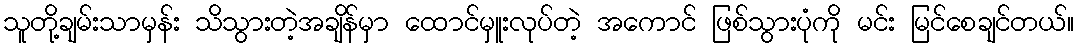
သူတို့ချမ်းသာမှန်း သိသွားတဲ့အချိန်မှာ ထောင်မှူးလုပ်တဲ့ အကောင် ဖြစ်သွားပုံကို မင်း မြင်စေချင်တယ်။